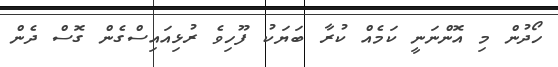
ހޯދުން މި އޮންނަނީ ކަމެއް ކުރާ ބަޔަކު ފޫހިވެ ރުޅިއައިސްގެން ގޮސް ދެން